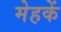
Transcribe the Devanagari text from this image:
मेहकें